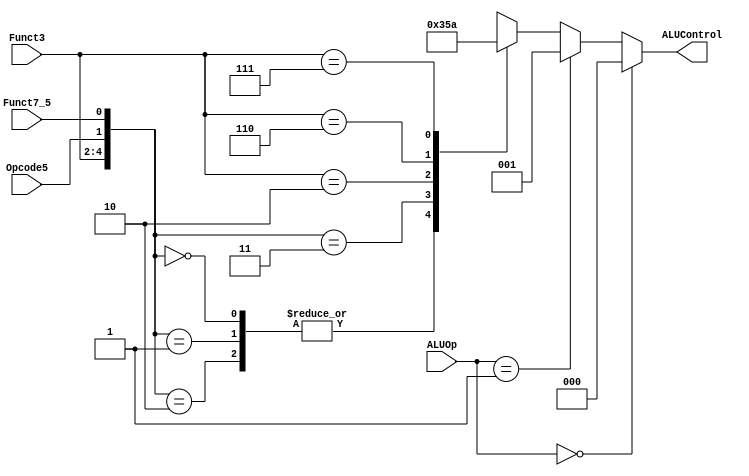
module alu_decoder
	(
		input Opcode5,
		input [1:0] ALUOp,
		input [2:0] Funct3,
		input Funct7_5,
		output reg [2:0] ALUControl
		);
	always@(*)
	  if(ALUOp==2'b00)
	  	ALUControl=3'b000; //lw, sw
	  else if(ALUOp==2'b01)
	  	ALUControl=3'b001; //beq
	  else
	  	casex({Funct3,Opcode5,Funct7_5})
	      5'b000_00,
	      5'b000_01,
	      5'b000_10: ALUControl=3'b000; //add
	      5'b000_11: ALUControl=3'b001; //sub
	      5'b010_xx: ALUControl=3'b101; //slt
	      5'b110_xx: ALUControl=3'b011; //or
	      5'b111_xx: ALUControl=3'b010; //and
	      default:   ALUControl=3'bxxx; //invalid input
	    endcase

endmodule